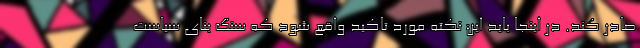
صادر کند. در اینجا باید این نکته مورد تاکید واقع شود که سنگ بنای سیاست